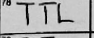
Transcription: TTL